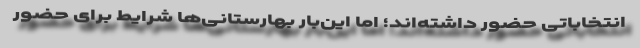
انتخاباتی حضور داشته‌اند؛ اما این‌بار بهارستانی‌ها شرایط برای حضور